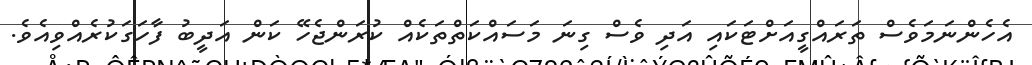
އެހެންނަމަވެސް ތަރައްގީއަށްޓަކައި އަދި ވެސް ގިނަ މަސައްކަތްތަކެއް ކުރަންޖެހޭ ކަން އަދީބު ފާހަގަކުރެއްވިއެވެ.